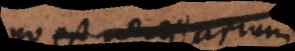
bono est necessarium